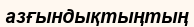
азғындықтыңтың